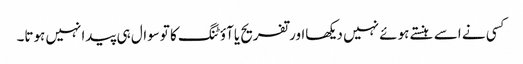
کسی نے اسے ہنستے ہوئے نہیں دیکھااورتفریح یاآؤٹنگ کا توسوال ہی پیدانہیں ہوتا۔